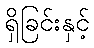
ရှိခြင်းနှင့်